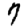
Digit: 7